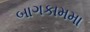
બાગકામમા